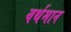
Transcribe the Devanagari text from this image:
वर्थमान